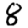
Digit: 8